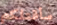
سأقتلكم